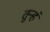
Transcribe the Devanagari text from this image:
तुन्हं